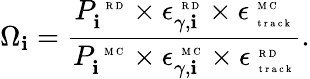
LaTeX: {\Omega}_{\mathbf{i}}=\frac{{P_{\mathbf{i}}^{\mathrm{{~\tiny~R~D~}}}\times\epsilon_{\gamma,\mathbf{i}}^{\mathrm{{~\tiny~R~D~}}}\times\epsilon_{\mathrm{{~\tiny~t~r~a~c~k~}}}^{\mathrm{{~\tiny~M~C~}}}}}{{{P_{\mathbf{i}}^{\mathrm{{~\tiny~M~C~}}}}\times{\epsilon_{\gamma,\mathbf{i}}^{{\mathrm{{~\tiny~M~C~}}}}}\times\epsilon_{\mathrm{{~\tiny~t~r~a~c~k~}}}^{\mathrm{{~\tiny~R~D~}}}}}.